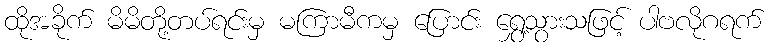
ထိုအခိုက် မိမိတို့တပ်ရင်းမှ မကြာမီကမှ ပြောင်း ရွှေ့သွားသဖြင့် ပါဗလိုဂရက်